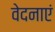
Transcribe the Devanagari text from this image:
वेदनाएं